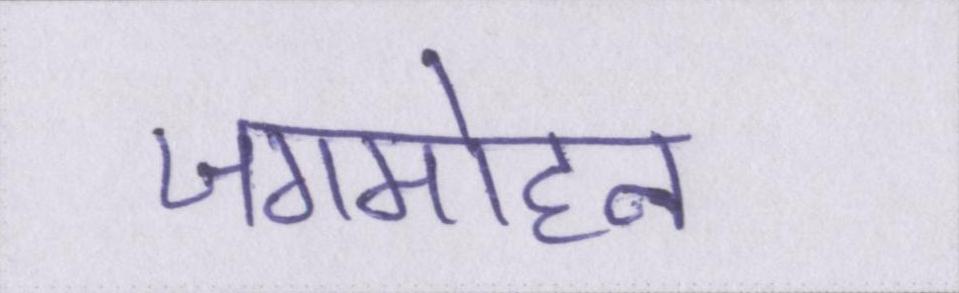
जगमोहन